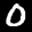
Label: 0